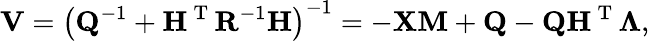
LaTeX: \mathbf{V}=\left(\mathbf{Q}^{-1}+\mathbf{H}^{\mathrm{~T~}}\mathbf{R}^{-1}\mathbf{H}\right)^{-1}=-\mathbf{XM}+\mathbf{Q}-\mathbf{Q}\mathbf{H}^{\mathrm{~T~}}\mathbf{\Lambda},